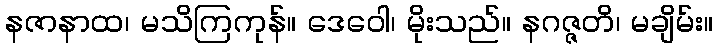
နဇာနာထ၊ မသိကြကုန်။ ဒေဝေါ၊ မိုးသည်။ နဂဇ္ဇတိ၊ မချိမ်း။